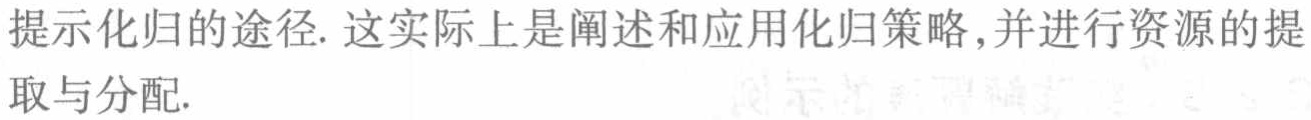
提示化归的途径. 这实际上是阐述和应用化归策略,并进行资源的提
取与分配.